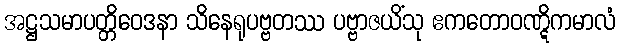
အဋ္ဌသမာပတ္တိဝေဒနာ သိနေရုပဗ္ဗတဿ ပဗ္ဗာဇယိံသု ဧကတောဝဏ္ဋိကမာလံ